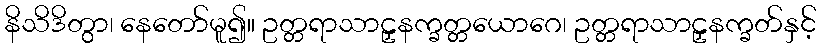
နိသိဒိတွာ၊ နေတော်မူ၍။ ဥတ္တရာသာဠှနက္ခတ္တယောဂေ၊ ဥတ္တရာသာဠှနက္ခတ်နှင့်